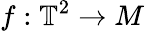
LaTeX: f:\mathbb{T}^{2}\to M